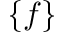
\{ f \}